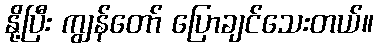
နို့ပြီး ကျွန်တော် ပြောချင်သေးတယ်။